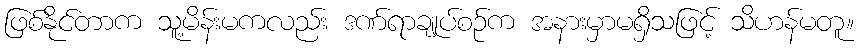
ဖြစ်နိုင်တာက သူ့မိန်းမကလည်း ဒဏ်ရာချုပ်စဉ်က အနားမှာမရှိသဖြင့် သိဟန်မတူ။